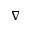
\nabla